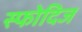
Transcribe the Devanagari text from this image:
स्फोदिज